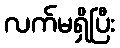
လက်မရှိပြီး